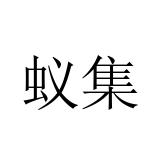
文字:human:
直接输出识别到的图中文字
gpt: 蚁集